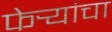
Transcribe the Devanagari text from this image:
फेर्‍यांचा